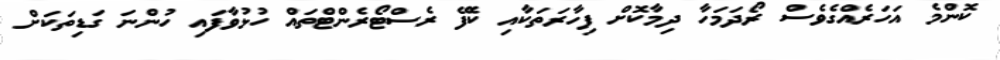
ކޮންމެ އަހަރެއްގެވެސް ރޯދަމަހާ ދިމާކޮށް ފިހާރަތަކާއި ކެފޭ ރެސްޓޯރެންޓްތައް ހުޅުވާފައި ހުންނަ ގަޑިތަކަށް